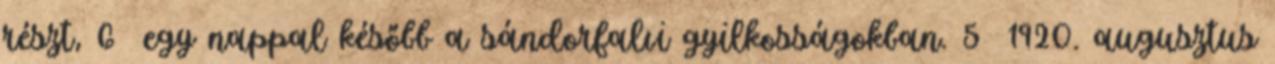
részt, 6 egy nappal később a sándorfalvi gyilkosságokban. 5 1920. augusztus